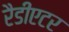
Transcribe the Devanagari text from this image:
रैडीएटर